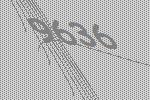
9636